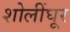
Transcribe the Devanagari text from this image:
शोलींघूर